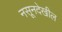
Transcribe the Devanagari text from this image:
नसूनदेखील